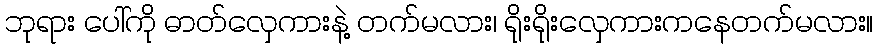
ဘုရား ပေါ်ကို ဓာတ်လှေကားနဲ့ တက်မလား၊ ရိုးရိုးလှေကားကနေတက်မလား။